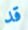
قد